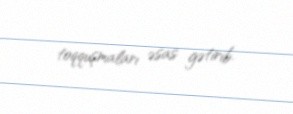
toqquşmaları əsas gətirib.